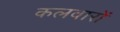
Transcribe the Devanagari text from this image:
कलवारों